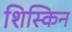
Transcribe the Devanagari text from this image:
शिस्किन